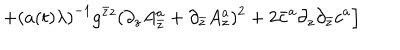
\left. + \left( a ( t ) \lambda \right) ^ { - 1 } g ^ { \bar { z } z } ( \partial _ { z } A _ { \bar { z } } ^ { a } + \partial _ { \bar { z } } A _ { z } ^ { a } ) ^ { 2 } + 2 \bar { c } ^ { a } \partial _ { z } \partial _ { \bar { z } } c ^ { a } \right]